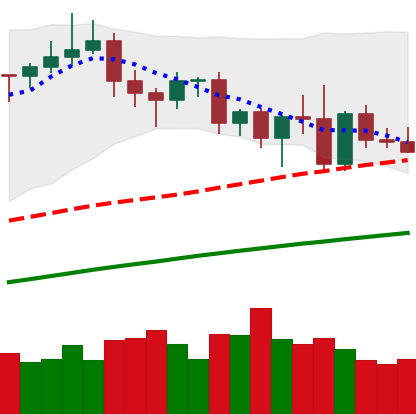
Ticker: XMR-USD
Chart end date: 2020-11-11
Forward return: 4.072%
Label: up_3_5